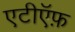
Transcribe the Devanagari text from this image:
एटीऍफ़